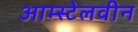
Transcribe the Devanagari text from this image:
आम्स्टेलवीन